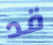
قد